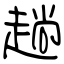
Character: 趟